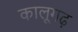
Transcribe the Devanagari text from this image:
कालूगढ़